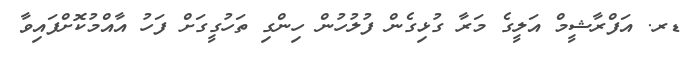
ޑރ. އަފްރާޝީމް އަލީގެ މަރާ ގުޅިގެން ފުލުހުން ހިންގި ތަހުގީގަށް ފަހު އާއްމުކޮށްފައިވާ